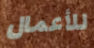
للأعمال